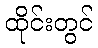
ထိုင်းတွင်